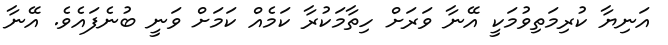
އަނިޔާ ކުރިމަތިވުމަކީ އޭނާ ވަރަށް ހިތާމަކުރާ ކަމެއް ކަމަށް ވަނީ ބުނެފައެވެ. އޭނާ